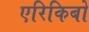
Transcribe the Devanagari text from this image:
एरिकिबो